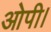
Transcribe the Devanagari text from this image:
ओपी।